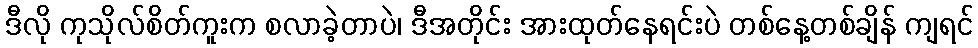
ဒီလို ကုသိုလ်စိတ်ကူးက စလာခဲ့တာပဲ၊ ဒီအတိုင်း အားထုတ်နေရင်းပဲ တစ်နေ့တစ်ချိန် ကျရင်